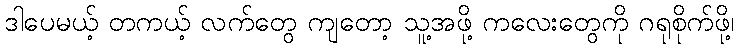
ဒါပေမယ့် တကယ့် လက်တွေ ကျတော့ သူ့အဖို့ ကလေးတွေကို ဂရုစိုက်ဖို့၊